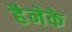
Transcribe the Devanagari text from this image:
हैनेके